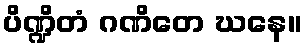
ပိဏ္ဍိတံ ဂဏိတေ ဃနေ။